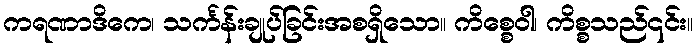
ကရဏာဒိကေ၊ သင်္ကန်းချုပ်ခြင်းအစရှိသော။ ကိစ္စေဝါ၊ ကိစ္စသည်၎င်း။